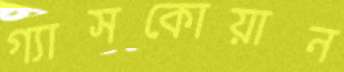
গ্যাসকোয়ান